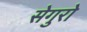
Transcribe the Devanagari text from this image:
सेगुरो